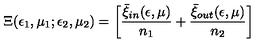
\Xi ( \epsilon _ { 1 } , \mu _ { 1 } ; \epsilon _ { 2 } , \mu _ { 2 } ) = \left[ { \frac { \bar { \xi } _ { \small i n } ( \epsilon , \mu ) } { n _ { 1 } } } + { \frac { \bar { \xi } _ { \small o u t } ( \epsilon , \mu ) } { n _ { 2 } } } \right]